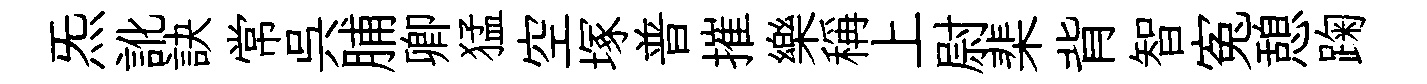
炁訛訣常呉脯卿猛空塚普摧樂稱上尉棐背智寃憩踘